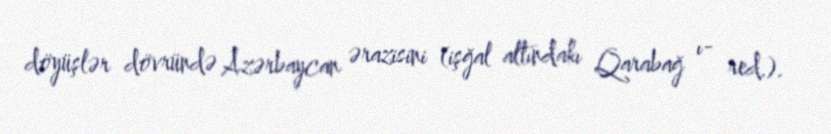
döyüşlər dövründə Azərbaycan ərazisini (işğal altındakı Qarabağ ı- red.).